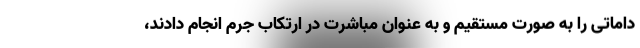
داماتی را به صورت مستقیم و به عنوان مباشرت در ارتکاب جرم انجام دادند،